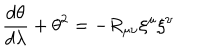
LaTeX: \frac { d \theta } { d \lambda } + \theta ^ { 2 } = - R _ { \mu \nu } { \xi } ^ { \mu } { \xi } ^ { \nu }